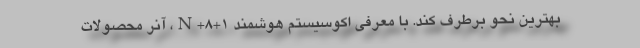
بهترین نحو برطرف کند. با معرفی اکوسیستم هوشمند 1+8+N، آنر محصولات